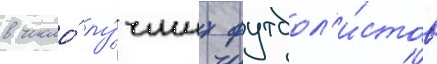
в число́ лу́чших футбол'и́стов